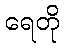
ရေတို